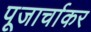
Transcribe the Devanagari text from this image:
पूजार्चाकर